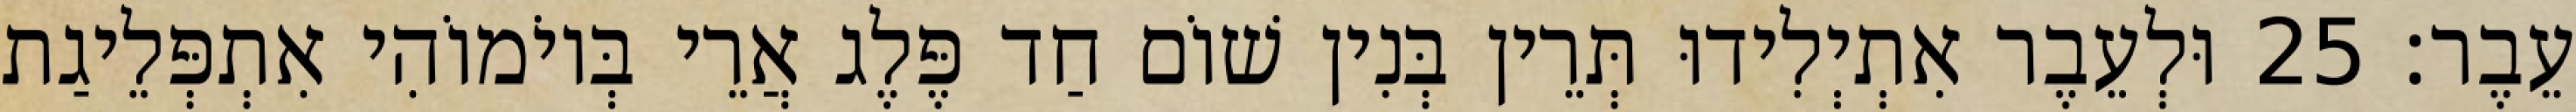
עֵבֶר׃ 25 וּלְעֵבֶר אִתְיְלִידוּ תְּרֵין בְּנִין שׁוֹם חַד פֶּלֶג אֲרֵי בְּיוֹמוֹהִי אִתְפְּלֵיגַת